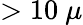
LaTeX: >10~\mu